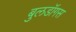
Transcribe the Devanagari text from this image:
बुलडॉगस